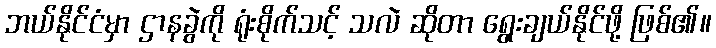
ဘယ်နိုင်ငံမှာ ဌာနခွဲကို ရုံးစိုက်သင့် သလဲ ဆိုတာ ရွေးချယ်နိုင်ဖို့ ဖြစ်၏။